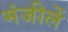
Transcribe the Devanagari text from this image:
मंजीलें